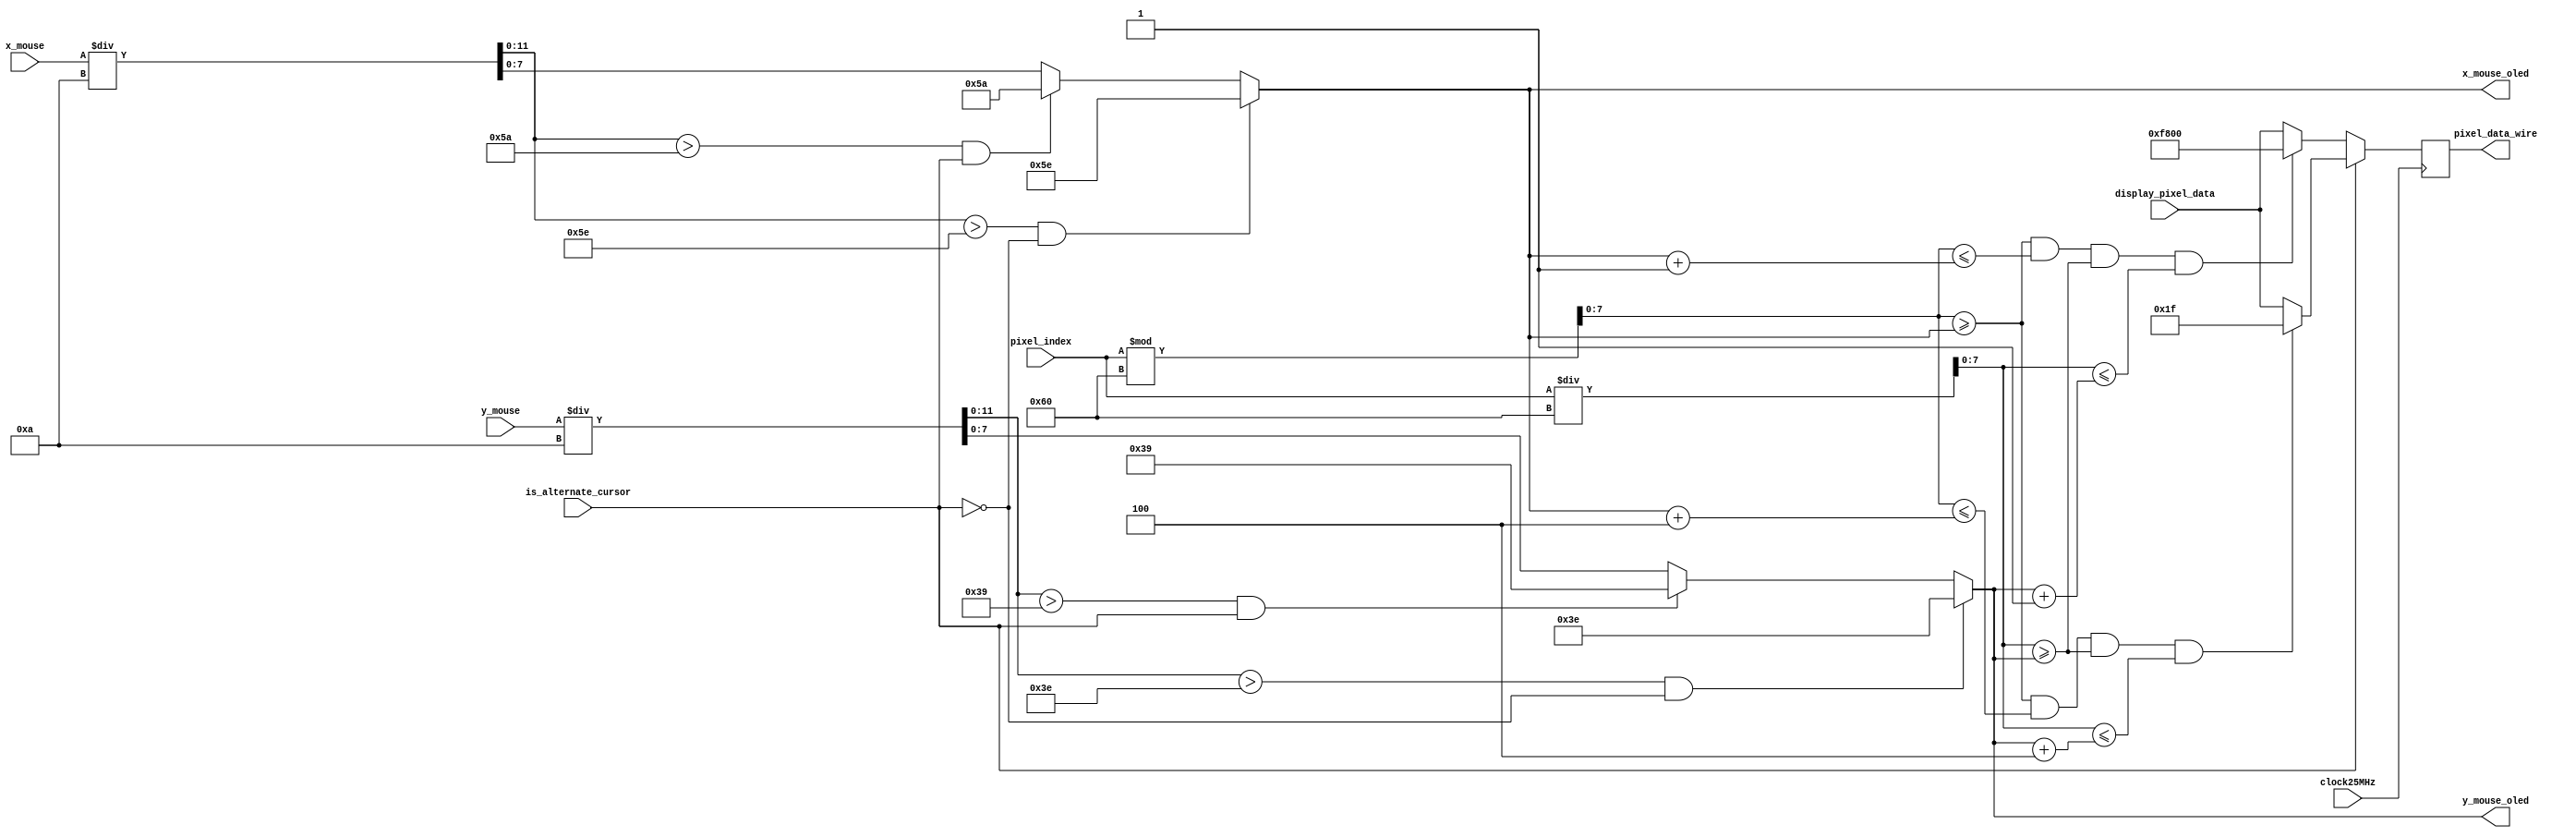
`timescale 1ns / 1ps
                
module draw_on_OLED(
    input clock25MHz,
    input [12:0] pixel_index,
    input [11:0] x_mouse, 
    input [11:0] y_mouse,
    
    input is_alternate_cursor,
    
    input [15:0] display_pixel_data,
    
    output [7:0] x_mouse_oled,
    output [7:0] y_mouse_oled,
 
    output reg [15:0] pixel_data_wire = 16'b0000_0000_0000_0000
    );   
    
    
    parameter red = 16'b11111_000000_00000;
    parameter blue = 16'b00000_000000_11111;    
    
    wire [7:0] x, y;
    assign x = pixel_index % 96;
    assign y = pixel_index / 96;
    
    wire [11:0] x_mouse_copy, y_mouse_copy;
    assign x_mouse_copy = x_mouse / 10;
    assign y_mouse_copy = y_mouse / 10;
    
    assign x_mouse_oled = (x_mouse_copy > 94 && !is_alternate_cursor)? 94 
                                    : (x_mouse_copy > 90 && is_alternate_cursor)? 90 
                                        : x_mouse_copy[7:0];                          
    assign y_mouse_oled = (y_mouse_copy > 62 && !is_alternate_cursor)? 62 
                                    : (y_mouse_copy > 57 && is_alternate_cursor)? 57
                                        : y_mouse_copy[7:0];
  
    always @(posedge clock25MHz)
    begin
        if(!is_alternate_cursor) begin
        
            if( x >= x_mouse_oled && x <=x_mouse_oled+1 && y >= y_mouse_oled && y <= y_mouse_oled+1 ) begin
                pixel_data_wire <= red;  
            end
            else begin
                pixel_data_wire <= display_pixel_data;
            end
        end
        
        else begin
            if(x >= x_mouse_oled && x <=x_mouse_oled+4 && y >= y_mouse_oled && y <= y_mouse_oled+4 ) begin
                pixel_data_wire <= blue;  
            end
        
            else begin
                pixel_data_wire <= display_pixel_data;
            end
        end
    end
   
endmodule